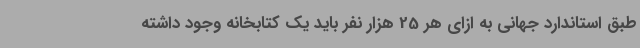
طبق استاندارد جهانی به ازای هر 25 هزار نفر باید یک کتابخانه وجود داشته